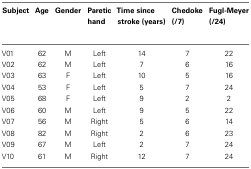
<table><thead><tr><td><b>Subject</b></td><td><b>Age</b></td><td><b>Gender</b></td><td><b>Paretic hand</b></td><td><b>Time since stroke (years)</b></td><td><b>Chedoke (/7)</b></td><td><b>Fugl-Meyer (/24)</b></td></tr></thead><tbody><tr><td>V01</td><td>62</td><td>M</td><td>Left</td><td>14</td><td>7</td><td>22</td></tr><tr><td>V02</td><td>62</td><td>M</td><td>Left</td><td>7</td><td>6</td><td>16</td></tr><tr><td>V03</td><td>63</td><td>F</td><td>Left</td><td>10</td><td>5</td><td>16</td></tr><tr><td>V04</td><td>53</td><td>F</td><td>Left</td><td>5</td><td>7</td><td>24</td></tr><tr><td>V05</td><td>68</td><td>F</td><td>Left</td><td>9</td><td>2</td><td>2</td></tr><tr><td>V06</td><td>60</td><td>M</td><td>Left</td><td>9</td><td>5</td><td>22</td></tr><tr><td>V07</td><td>56</td><td>M</td><td>Right</td><td>5</td><td>6</td><td>14</td></tr><tr><td>V08</td><td>82</td><td>M</td><td>Right</td><td>2</td><td>6</td><td>23</td></tr><tr><td>V09</td><td>67</td><td>M</td><td>Left</td><td>2</td><td>7</td><td>24</td></tr><tr><td>V10</td><td>61</td><td>M</td><td>Right</td><td>12</td><td>7</td><td>24</td></tr></tbody></table>